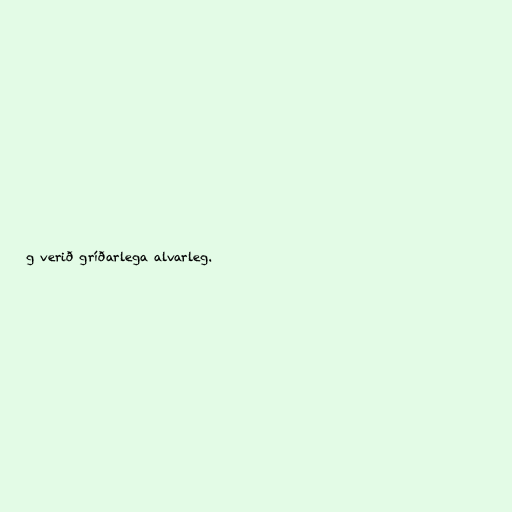
g verið gríðarlega alvarleg.